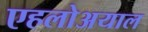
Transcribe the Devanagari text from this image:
एहलोअयाल